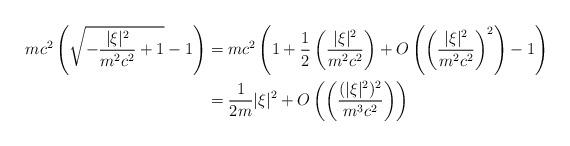
LaTeX: \begin{align*}mc^2 \left( \sqrt{-\frac{|\xi|^2}{m^2 c^2} +1} -1\right) &= mc^2 \left( 1+ \frac{1}{2} \left(\frac{|\xi|^2}{m^2 c^2}\right) + O\left( \left( \frac{|\xi|^2}{m^2 c^2}\right)^2 \right) -1\right)\\& = \frac{1}{2m} |\xi|^2+ O\left(\left( \frac{(|\xi|^2)^2}{m^3 c^2}\right)\right)\end{align*}